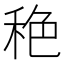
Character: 𱶅